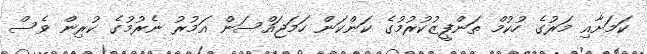
ކަމަށާއި މަރުގެ ހުކުމް ތަންފީޒުކުރުމުގެ ކަންކަން ހަމަޖައްސަން އަމުރު ނެރުމުގެ ކުރިން ވެސް